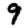
Digit: 9